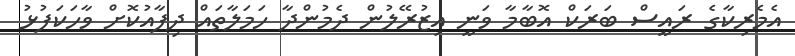
އެމެރިކާގެ ރައީސް ބަރަކް އޮބާމާ ވަނީ އިޒުރޭލުން ދެމުންދާ ހަމަލާތައް ދިފާއުކޮށް ވާހަކަފުޅު